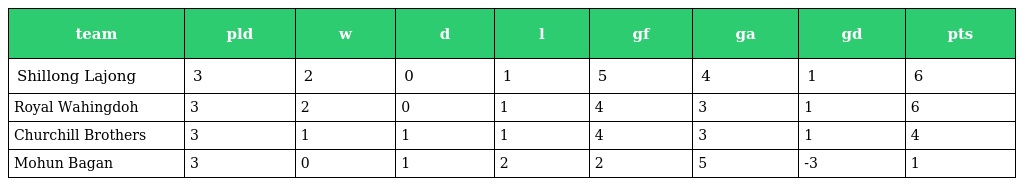
| team | pld | w | d | l | gf | ga | gd | pts |
 | --- | --- | --- | --- | --- | --- | --- | --- | --- |
 | Shillong Lajong | 3 | 2 | 0 | 1 | 5 | 4 | 1 | 6 |
 | Royal Wahingdoh | 3 | 2 | 0 | 1 | 4 | 3 | 1 | 6 |
 | Churchill Brothers | 3 | 1 | 1 | 1 | 4 | 3 | 1 | 4 |
 | Mohun Bagan | 3 | 0 | 1 | 2 | 2 | 5 | -3 | 1 |